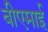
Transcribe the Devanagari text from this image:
बीएमाई